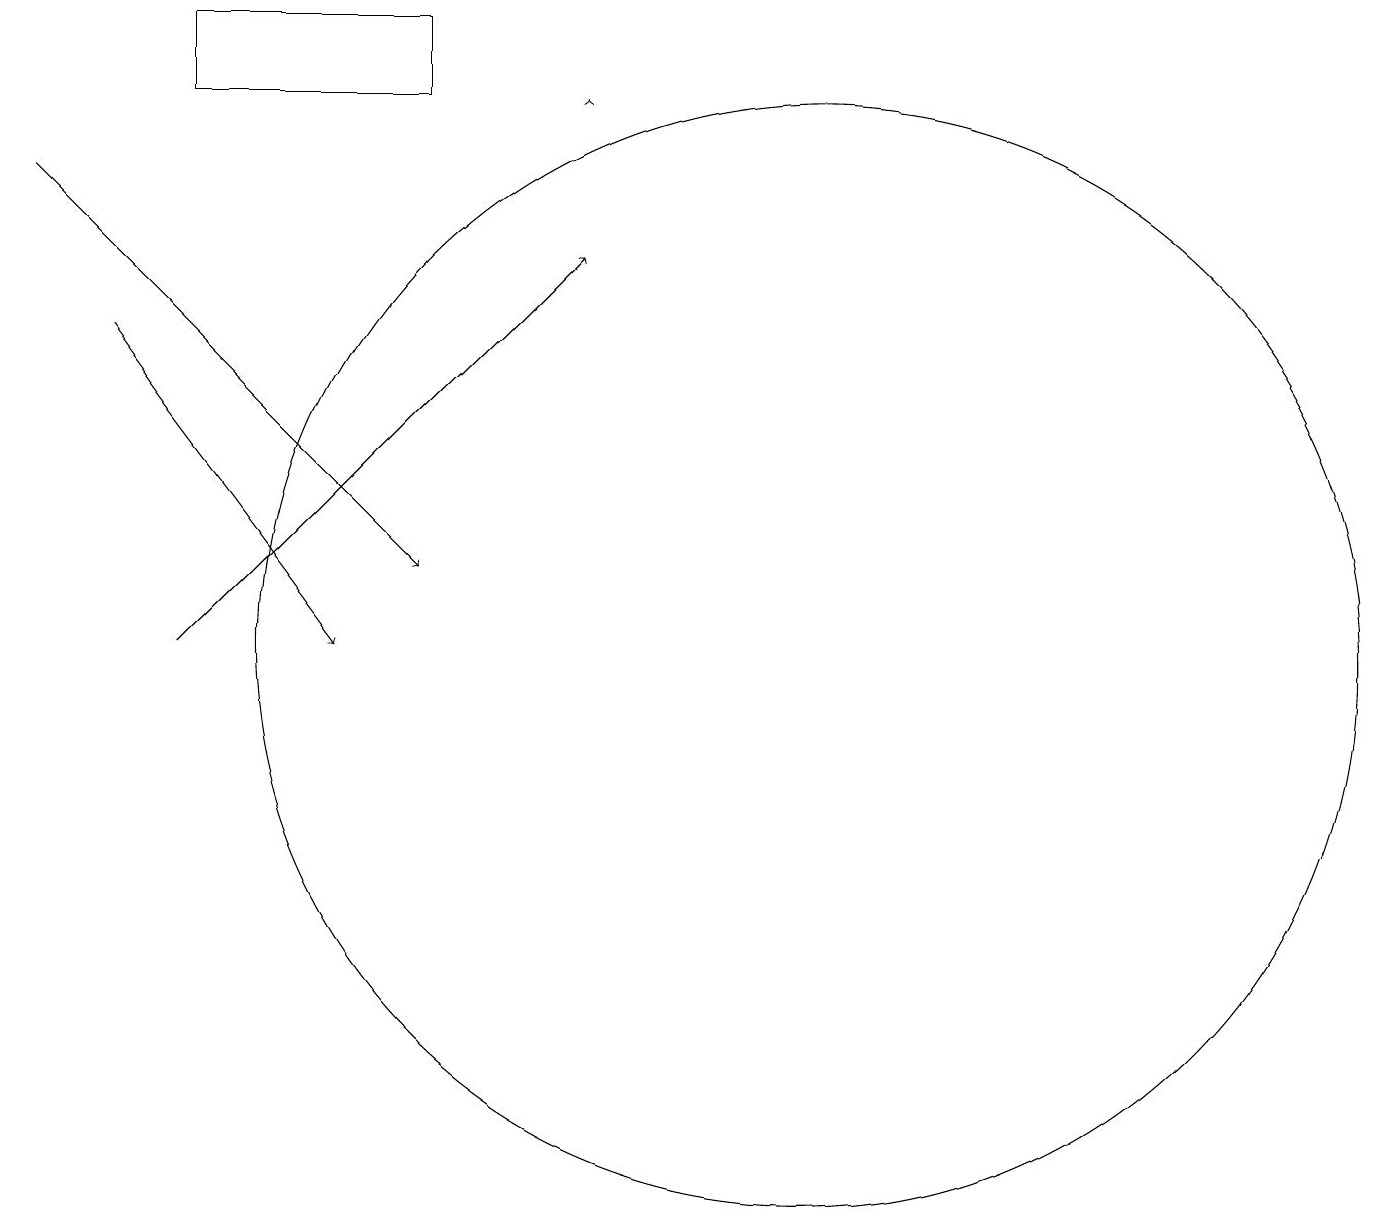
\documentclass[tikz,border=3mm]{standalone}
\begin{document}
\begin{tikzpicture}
\draw[->] (0,16) -- (5,11);
\draw[->] (2,10) -- (7,15);
\draw (2,18) rectangle (5,17);
\draw[->] (7,17) -- (7,17);
\draw (10,10) circle (7);
\draw[->] (1,14) -- (4,10);
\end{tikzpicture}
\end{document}